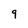
Character: 9